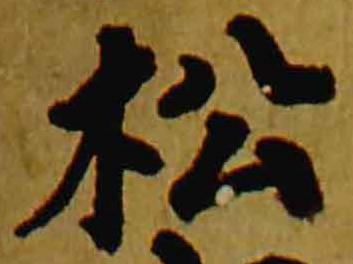
松